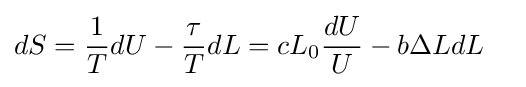
{\begin{aligned}&dS={\frac {1}{T}}dU-{\frac {\tau }{T}}dL=cL_{0}{\frac {dU}{U}}-b\Delta LdL\end{aligned}}